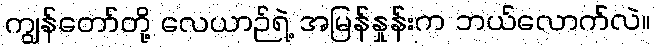
ကျွန်တော်တို့ လေယာဉ်ရဲ့ အမြန်နှုန်းက ဘယ်လောက်လဲ။